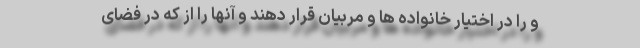
و را در اختیار خانواده ها و مربیان قرار دهند و آنها را از که در فضای